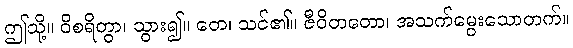
ဤသို့။ ဝိစရိတွာ၊ သွား၍။ တေ၊ သင်၏။ ဇီဝိတတော၊ အသက်မွေးသောတက်။